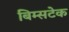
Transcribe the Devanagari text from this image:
बिम्सटेक